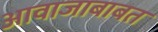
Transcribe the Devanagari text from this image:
आवाजाबाबत